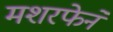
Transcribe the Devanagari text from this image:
मशरफेने